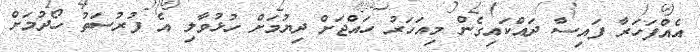
އެއްފަހަރާ ފައިސާ ދައްކައިގެން މިއަހަރު ހައްޖަށް ދިޔުމަށް ހުޅުުވާލި އެ ފުރުސަތު ހޯދުމަށް